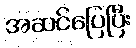
အဆင်ပြေပြီး